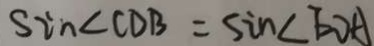
S i n \angle C D B = \sin \angle E D A